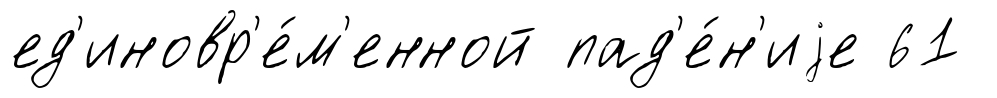
ед'иновр'е́м'енной пад'е́н'иjе 61